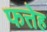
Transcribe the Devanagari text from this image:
फत्तेह